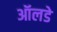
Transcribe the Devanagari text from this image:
ऑलडे